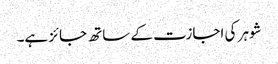
شوہر کی اجازت کے ساتھ جائز ہے۔